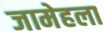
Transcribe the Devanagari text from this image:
जामेहला